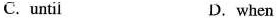
C.until D. when